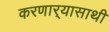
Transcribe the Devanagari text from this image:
करणार्‍यासाथी